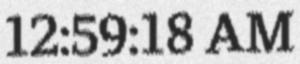
12:59:18 AM